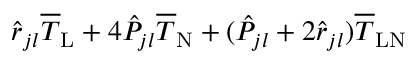
\hat { r } _ { j l } \overline { { T } } _ { \mathrm { L } } + 4 \hat { P } _ { j l } \overline { { T } } _ { \mathrm { N } } + ( \hat { P } _ { j l } + 2 \hat { r } _ { j l } ) \overline { { T } } _ { \mathrm { L N } }